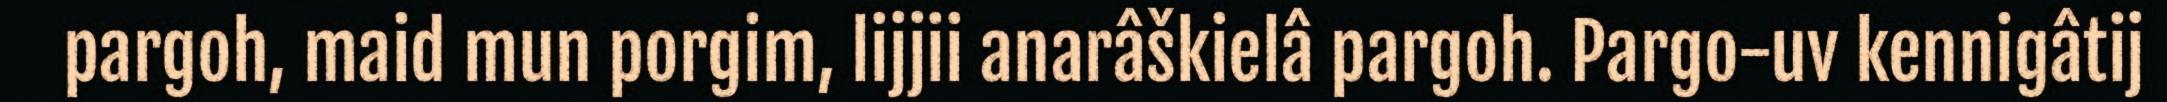
pargoh, maid mun porgim, lijjii anarâškielâ pargoh. Pargo-uv kennigâtij